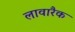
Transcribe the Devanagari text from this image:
लावारैक